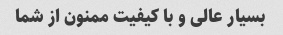
بسیار عالی و با کیفیت ممنون از شما